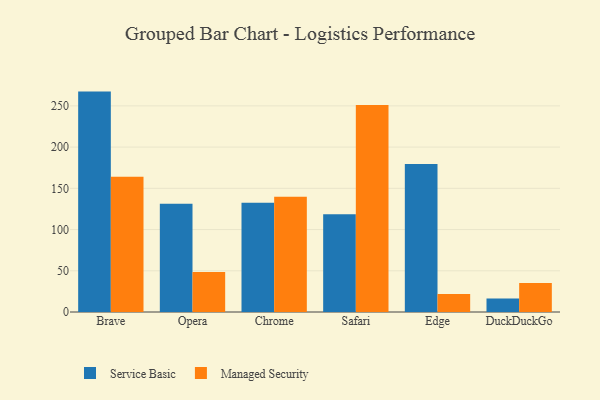
{"axis": {"x": "Browser", "y": "Production Output"}, "legend": ["Managed Security", "Service Basic"], "data": [{"x": "Brave", "y": 267.3, "type": "Service Basic"}, {"x": "Brave", "y": 163.9, "type": "Managed Security"}, {"x": "Opera", "y": 131.2, "type": "Service Basic"}, {"x": "Opera", "y": 48.4, "type": "Managed Security"}, {"x": "Chrome", "y": 132.4, "type": "Service Basic"}, {"x": "Chrome", "y": 139.8, "type": "Managed Security"}, {"x": "Safari", "y": 118.4, "type": "Service Basic"}, {"x": "Safari", "y": 251.0, "type": "Managed Security"}, {"x": "Edge", "y": 179.6, "type": "Service Basic"}, {"x": "Edge", "y": 21.9, "type": "Managed Security"}, {"x": "DuckDuckGo", "y": 16.4, "type": "Service Basic"}, {"x": "DuckDuckGo", "y": 35.2, "type": "Managed Security"}]}